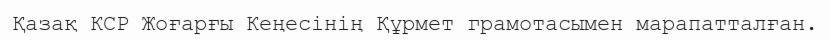
Қазақ КСР Жоғарғы Кеңесінің Құрмет грамотасымен марапатталған.